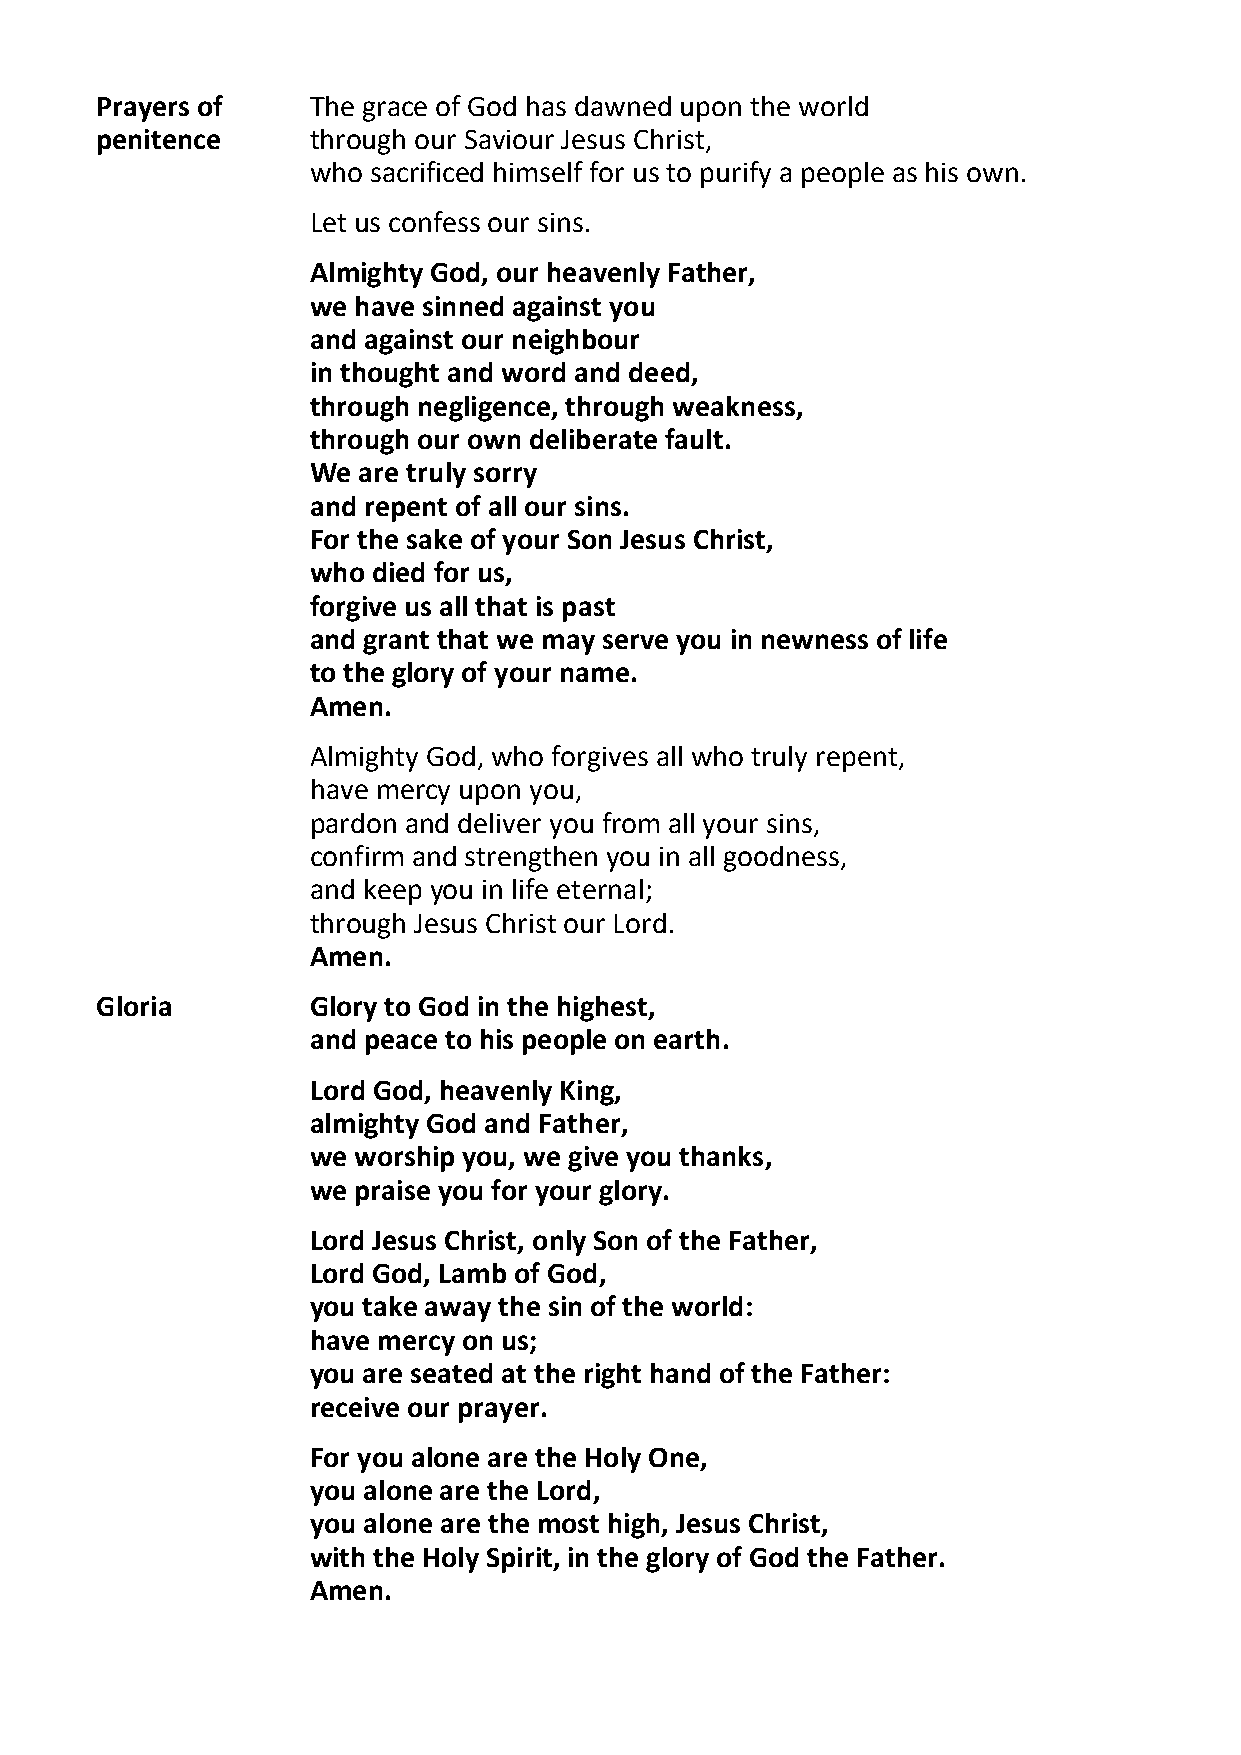
Prayers of    The grace of God has dawned upon the world
 penitence     through our Saviour Jesus Christ,
 who sacrificed himself for us to purify a people as his own.
 Let us confess our sins.
 Almighty God, our heavenly Father,
 we have sinned against you
 and against our neighbour
 in thought and word and deed,
 through negligence, through weakness,
 through our own deliberate fault.
 We  are truly sorry
 and repent of all our sins.
 For the sake of your Son Jesus Christ,
 who  died for us,
 forgive us all that is past
 and grant that we may serve you in newness of life
 to the glory of your name.
 Amen.
 Almighty God, who forgives all who truly repent,
 have mercy upon you,
 pardon and deliver you from all your sins,
 confirm and strengthen you in all goodness,
 and keep you in life eternal;
 through Jesus Christ our Lord.
 Amen.
 Gloria        Glory to God in the highest,
 and peace to his people on earth.
 Lord God, heavenly King,
 almighty God and Father,
 we worship you, we give you thanks,
 we praise you for your glory.
 Lord Jesus Christ, only Son of the Father,
 Lord God, Lamb of God,
 you take away the sin of the world:
 have mercy on us;
 you are seated at the right hand of the Father:
 receive our prayer.
 For you alone are the Holy One,
 you alone are the Lord,
 you alone are the most high, Jesus Christ,
 with the Holy Spirit, in the glory of God the Father.
 Amen.